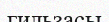
гильзасы